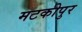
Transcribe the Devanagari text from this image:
मटकीपुर